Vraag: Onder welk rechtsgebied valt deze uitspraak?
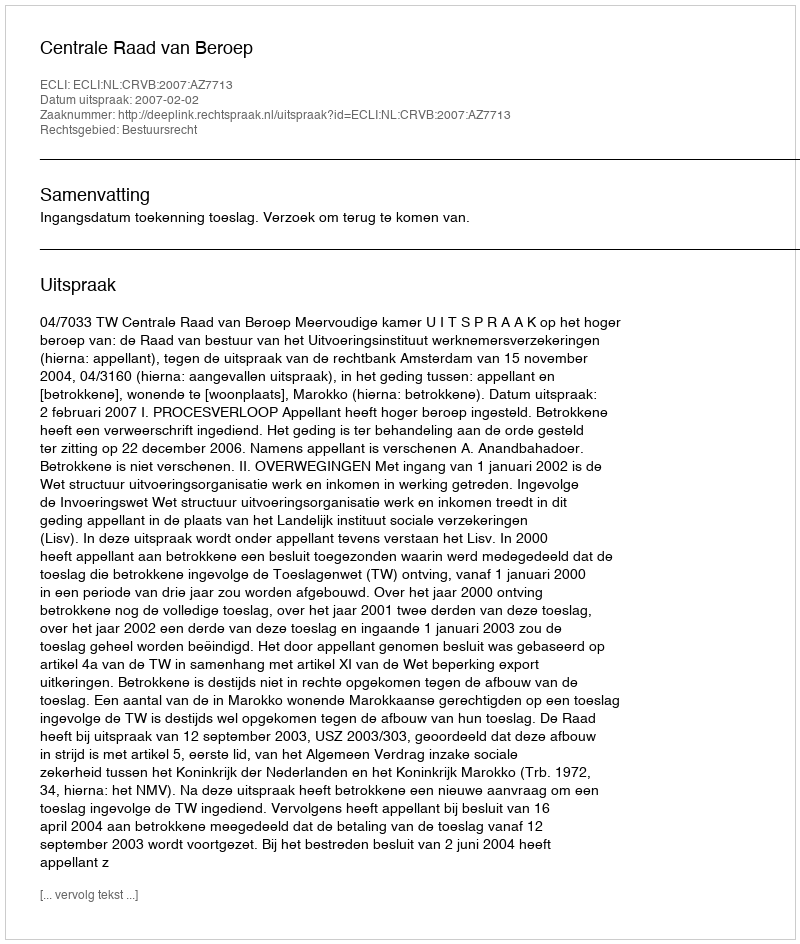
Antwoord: Bestuursrecht